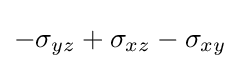
-\sigma _{yz}+\sigma _{xz}-\sigma _{xy}